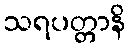
သရပတ္တာနိ